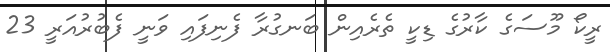
ރީކޯ މޫސަގެ ކާރުގެ ޑިކީ ތެރެއިން ބަނގުރާ ފެނިފައި ވަނީ ފެބުރުއަރީ 23